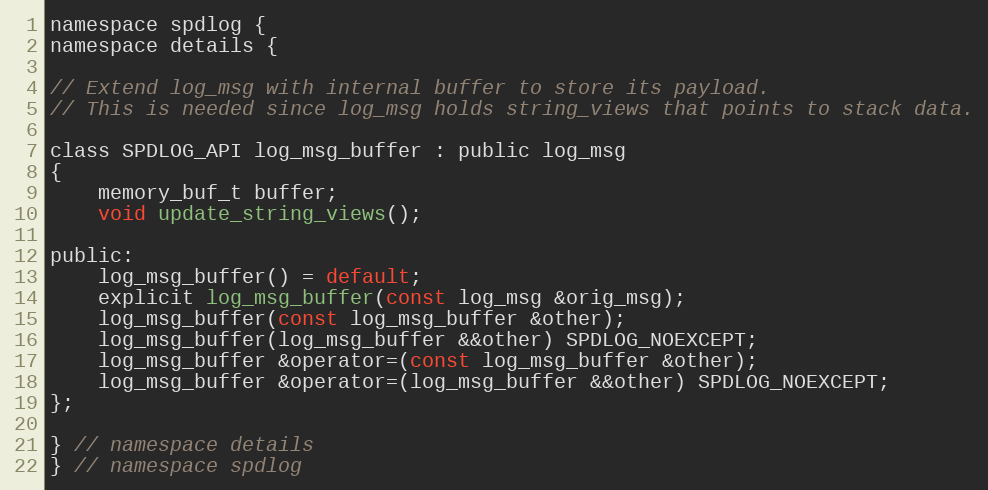
Language: C
namespace spdlog {
namespace details {

// Extend log_msg with internal buffer to store its payload.
// This is needed since log_msg holds string_views that points to stack data.

class SPDLOG_API log_msg_buffer : public log_msg
{
    memory_buf_t buffer;
    void update_string_views();

public:
    log_msg_buffer() = default;
    explicit log_msg_buffer(const log_msg &orig_msg);
    log_msg_buffer(const log_msg_buffer &other);
    log_msg_buffer(log_msg_buffer &&other) SPDLOG_NOEXCEPT;
    log_msg_buffer &operator=(const log_msg_buffer &other);
    log_msg_buffer &operator=(log_msg_buffer &&other) SPDLOG_NOEXCEPT;
};

} // namespace details
} // namespace spdlog